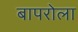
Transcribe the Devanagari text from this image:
बापरोला